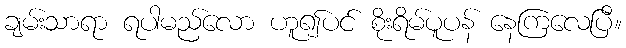
ချမ်းသာရာ ရပါမည်လော ဟူ၍ပင် စိုးရိမ်ပူပန် နေကြလေပြီ။